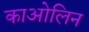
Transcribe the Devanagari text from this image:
काओलिन